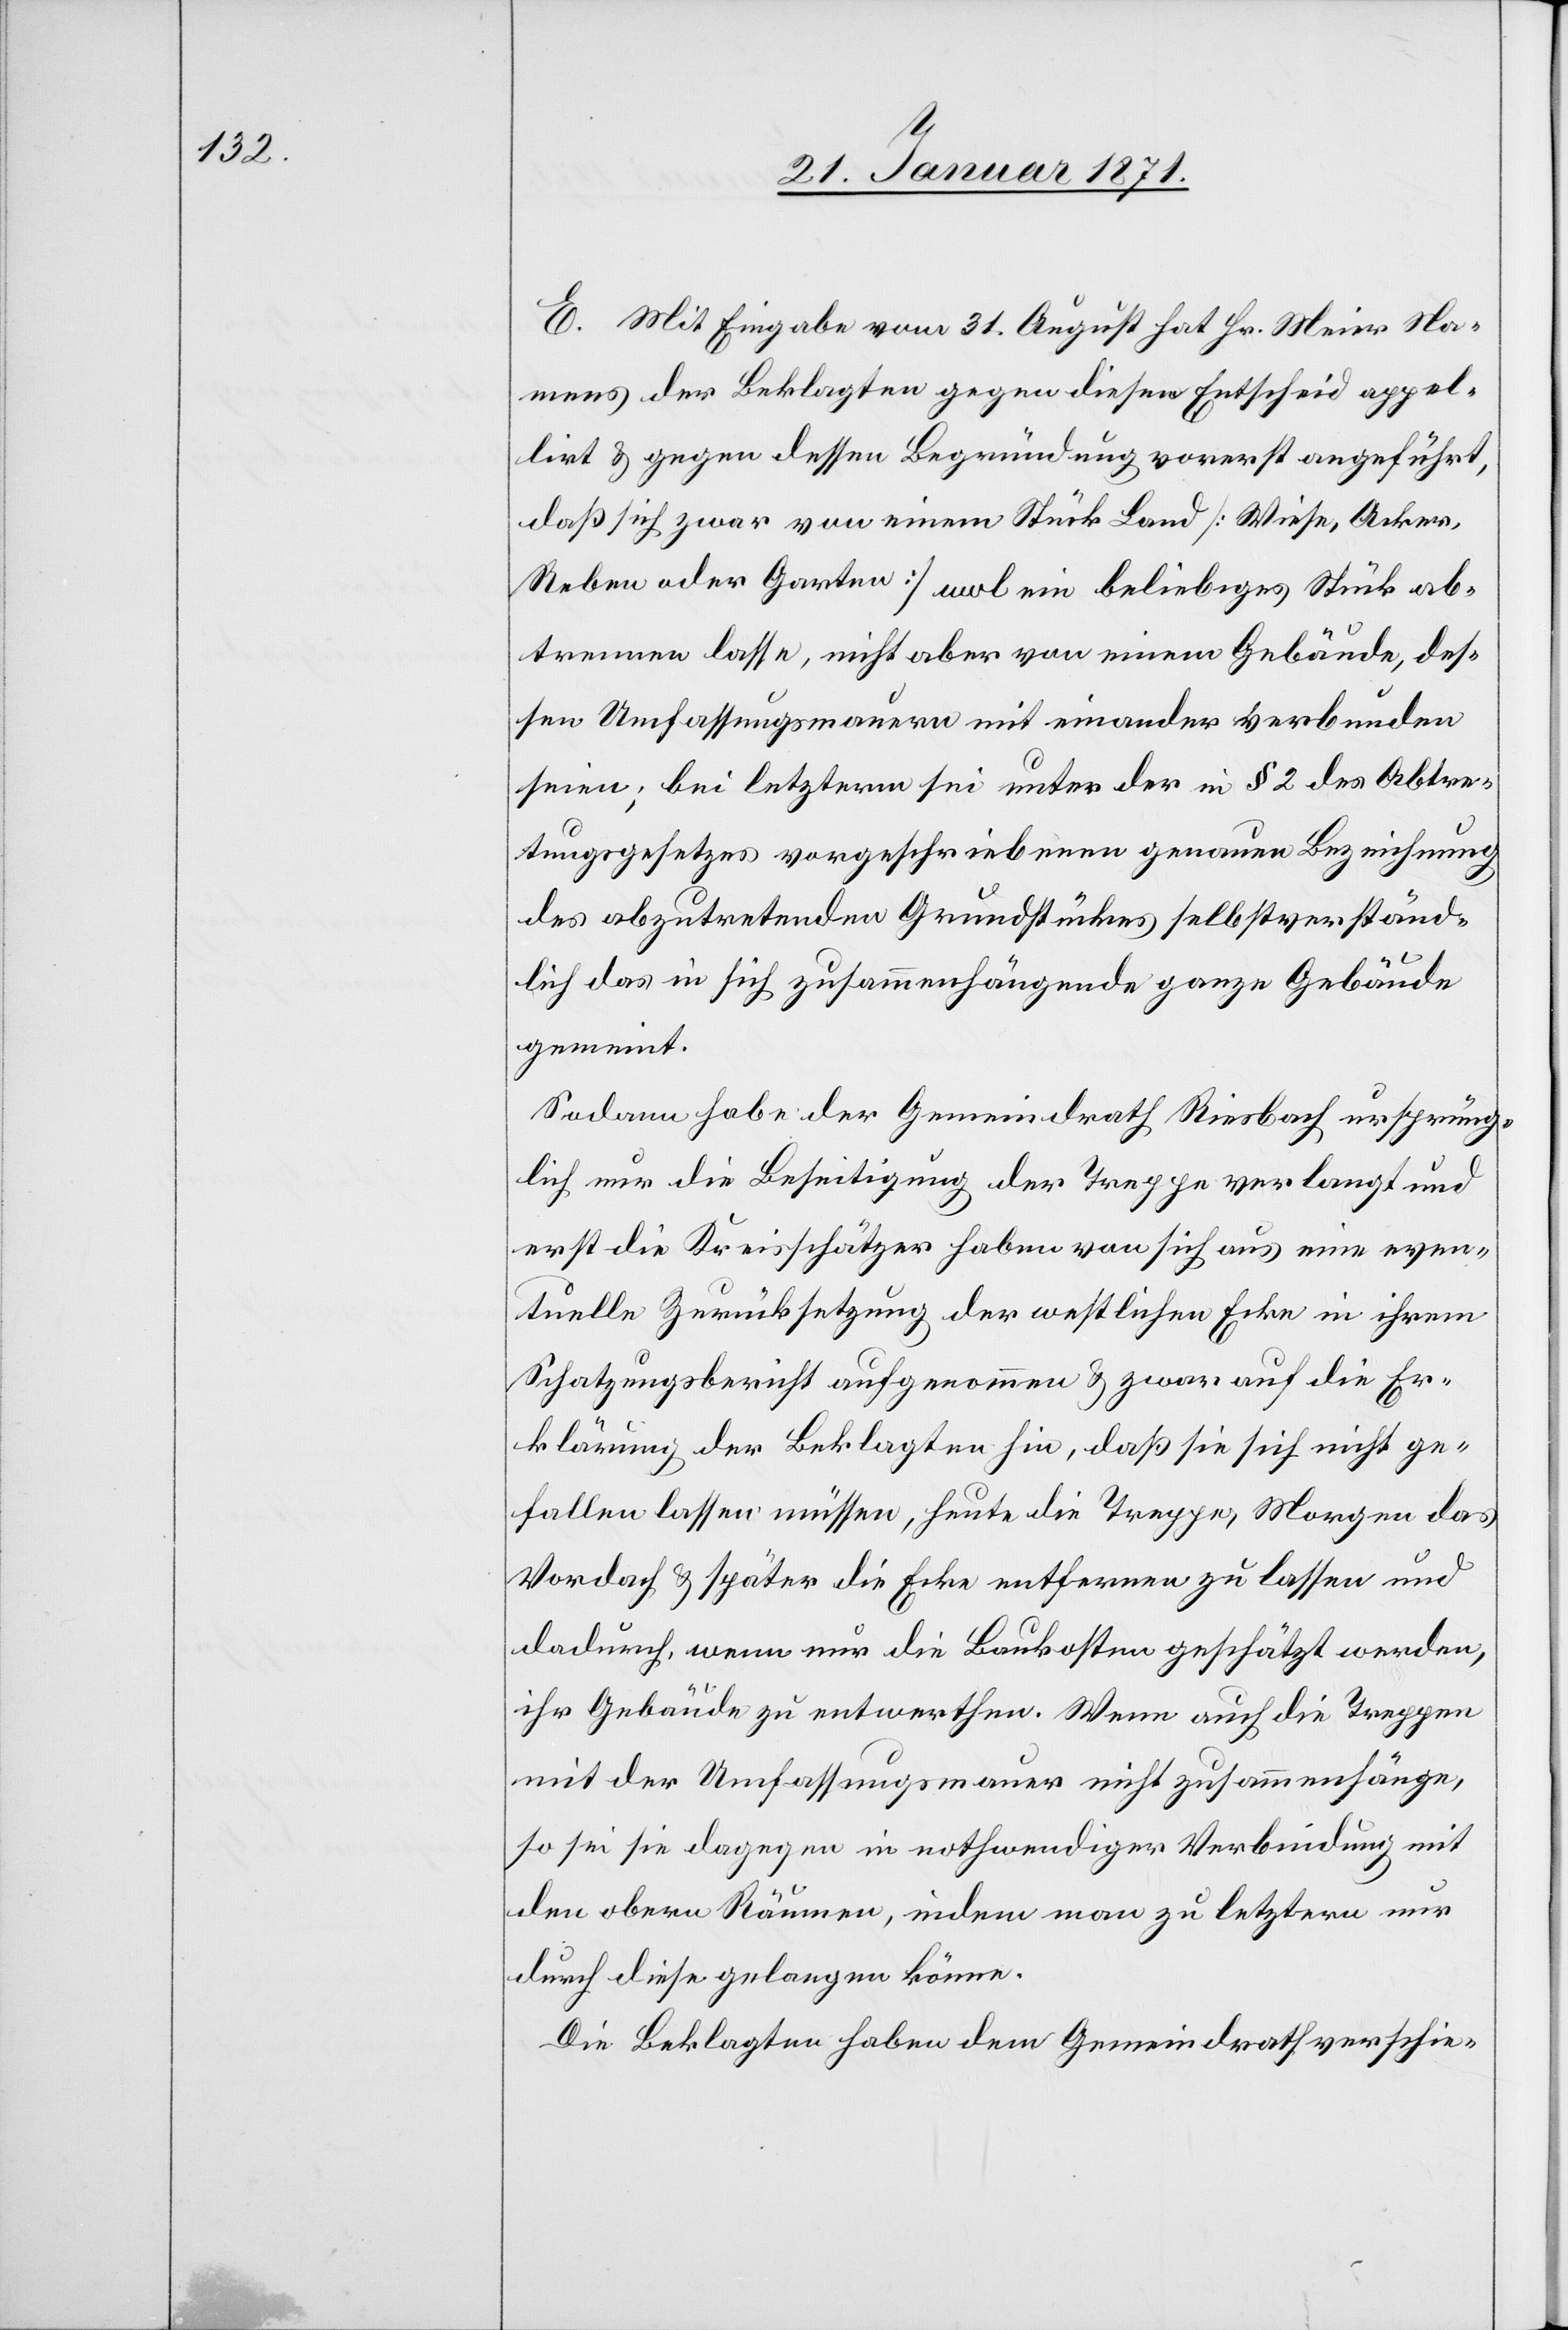
E. Mit Eingabe vom 31. August hat Hr. Meier Na¬
mens der Beklagten gegen diesen Entscheid appel¬
lirt u. gegen dessen Begründung vorerst angeführt,
daß sich zwar von einem Stück Land [Wiese, Acker,
Reben oder Garten] wol ein beliebiges Stück ab¬
trennen lasse, nicht aber von einem Gebäude, des¬
sen Umfassungsmauern mit einander verbunden
seien; bei letzterm sei unter der in § 2 des Abtre¬
tungsgesetzes vorgeschriebenen genauen Bezeichnung
des abzutretenden Grundstückes selbstverständ¬
lich das in sich zusammenhängende ganze Gebäude
gemeint.
Sodann habe der Gemeindrath Riesbach ursprüng¬
lich nur die Beseitigung der Treppe verlangt und
erst die Kreisschätzer haben von sich aus eine even¬
tuelle Zurücksetzung der westlichen Ecke in ihrem
Schatzungsbericht aufgenommen u. zwar auf die Er¬
klärung der Beklagten hin, daß sie sich nicht ge¬
fallen lassen müssen, heute die Treppe, Morgen das
Vordach u. später die Ecke entfernen zu lassen und
dadurch, wenn nur die Baukosten geschätzt werden,
ihr Gebäude zu entwerthen. Wenn auch die Treppen
mit der Umfassungsmauer nicht zusammenhänge,
so sei sie dagegen in nothwendiger Verbindung mit
den obern Räumen, indem man zu letzern nur
durch diese gelangen könne.
Die Beklagten haben dem Gemeindrath verschie-